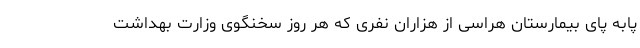
پابه پای بیمارستان هراسی از هزاران نفری که هر روز سخنگوی وزارت بهداشت